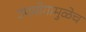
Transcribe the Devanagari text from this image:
उपयोगामुळेच